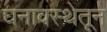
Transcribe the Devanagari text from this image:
घनावस्थेतून